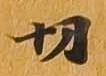
切